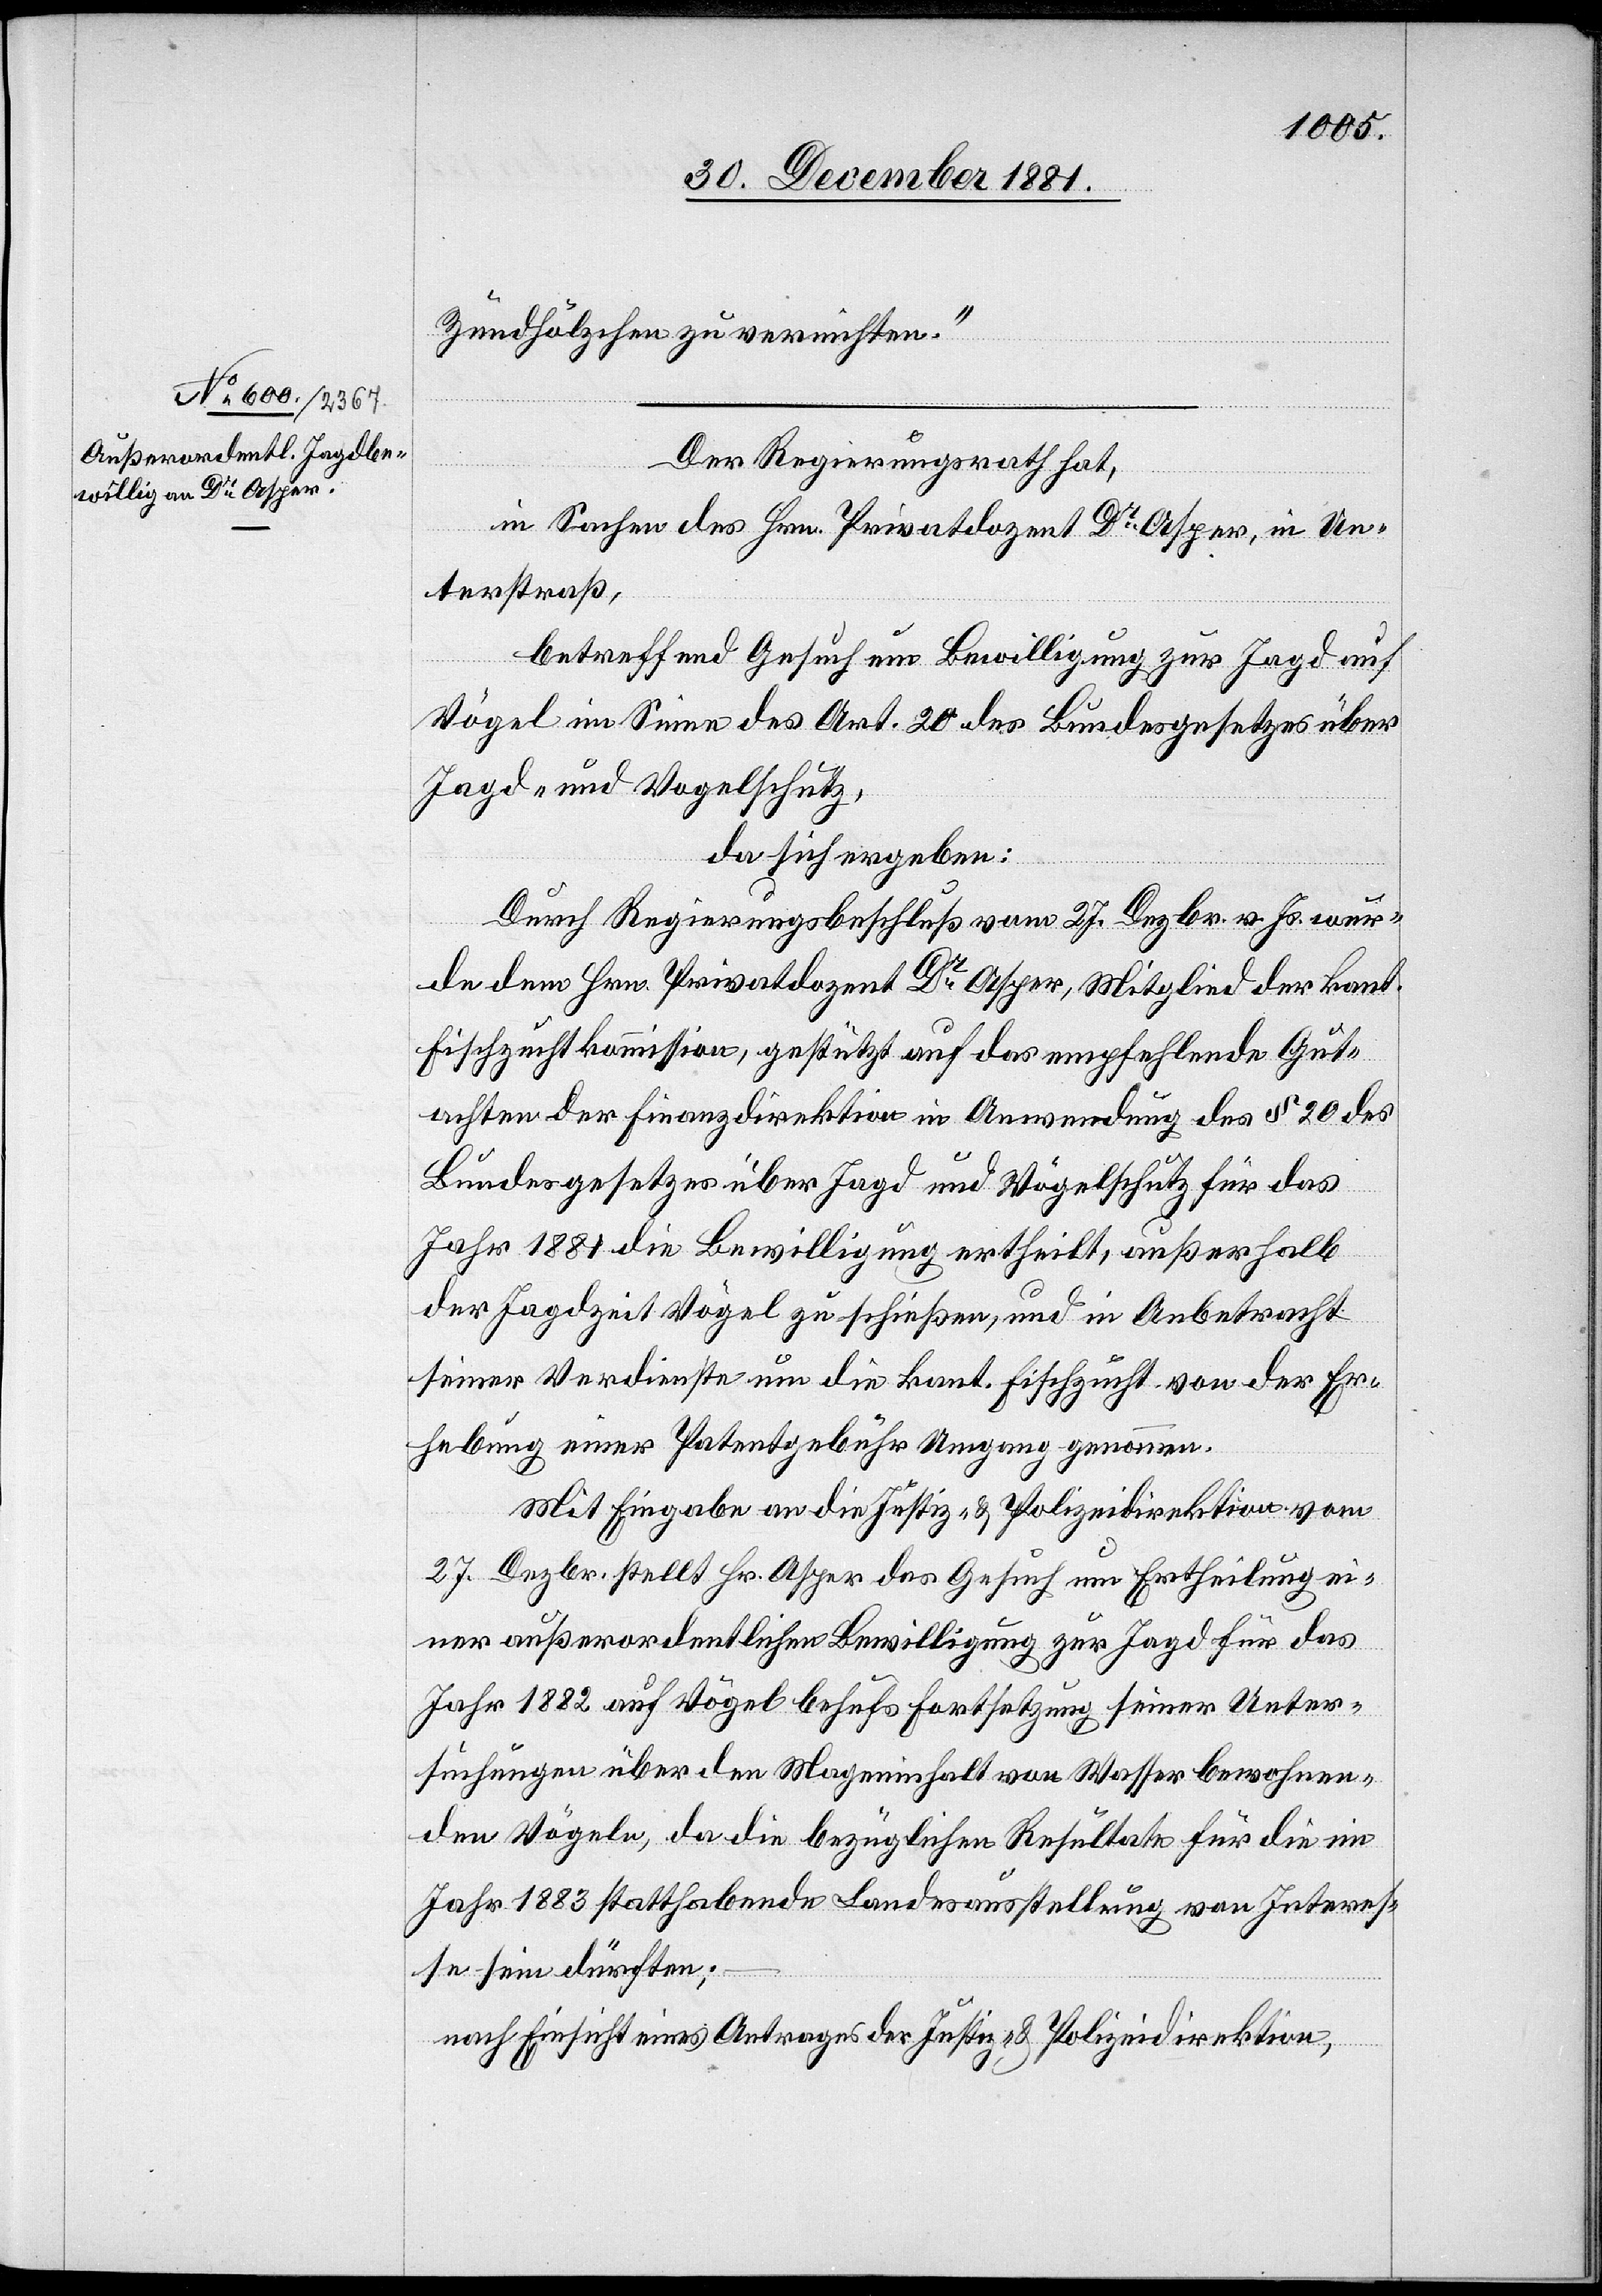
Zündhölzchen zu vernichten.“
Der Regierungsrath hat,
in Sachen des Hrn. Privatdozent Dr Asper, in Un¬
terstraß,
betreffend Gesuch um Bewilligung zur Jagd auf
Vögel im Sinne des Art. 20 des Bundesgesetzes über
Jagd- und Vogelschutz,
da sich ergeben:
Durch Regierungsbeschluß vom 27. Dezbr. v. Js. wur¬
de dem Hrn. Privatdozent Dr Asper, Mitglied der kant.
Fischzuchtkommission, gestützt auf das empfehlende Gut¬
achten der Finanzdirektion in Anwendung des § 20 des
Bundesgesetzes über Jagd und Vogelschutz für das
Jahr 1881 die Bewilligung ertheilt, außerhalb
der Jagdzeit Vögel zu schießen, und in Anbetracht
seiner Verdienste um die kant. Fischzucht von der Er¬
hebung einer Patentgebühr Umgang genommen.
Mit Eingabe an die Justiz- & Polizeidirektion vom
27. Dezbr. stellt Hr. Asper das Gesuch um Ertheilung ei¬
ner außerordentlichen Bewilligung zur Jagd für das
Jahr 1882 auf Vögel behufs Fortsetzung seiner Unter¬
suchungen über den Mageninhalt von Wasserbewohnen¬
den Vögeln, da die bezüglichen Resultate für die im
Jahr 1883 statthabende Landesausstellung von Interes¬
se sein dürften;
nach Einsicht eines Antrages der Justiz- & Polizeidirektion,